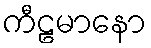
ကီဠမာနော